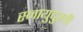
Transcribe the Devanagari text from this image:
स्नायुदुखी